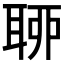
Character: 𦕼